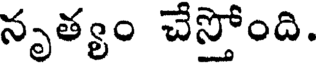
నృత్యం చేస్తోంది.